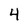
Character: 4